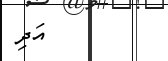
އަދި